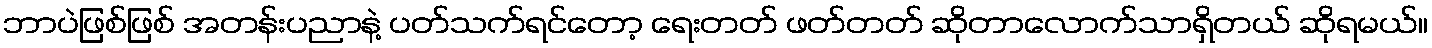
ဘာပဲဖြစ်ဖြစ် အတန်းပညာနဲ့ ပတ်သက်ရင်တော့ ရေးတတ် ဖတ်တတ် ဆိုတာလောက်သာရှိတယ် ဆိုရမယ်။